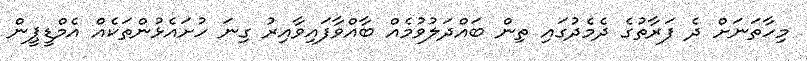
މިހާތަނަށް ދެ ފަރާތުގެ ދެމެދުގައި ތިން ބައްދަލުވުމެއް ބާއްވާފައިވާއިރު ގިނަ ހުށައެޅުންތަކެއް އެމްޑީޕީން